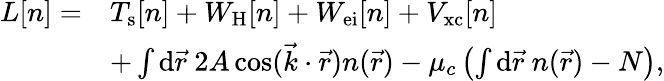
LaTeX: \begin{array}{rl}{L[n]=}&{T_{\mathrm{s}}[n]+W_{\mathrm{H}}[n]+W_{\mathrm{ei}}[n]+V_{\mathrm{xc}}[n]}\\ &{+\int\mathrm{d}\vec{r}~2A\cos(\vec{k}\cdot\vec{r})n(\vec{r})-\mu_{c}\left(\int\mathrm{d}\vec{r}~n(\vec{r})-N\right),}\end{array}